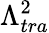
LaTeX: \Lambda_{tra}^{2}